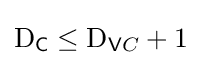
\mathrm {D} _{\mathsf {C}}\leq \mathrm {D} _{{\mathsf {V}}C}+1